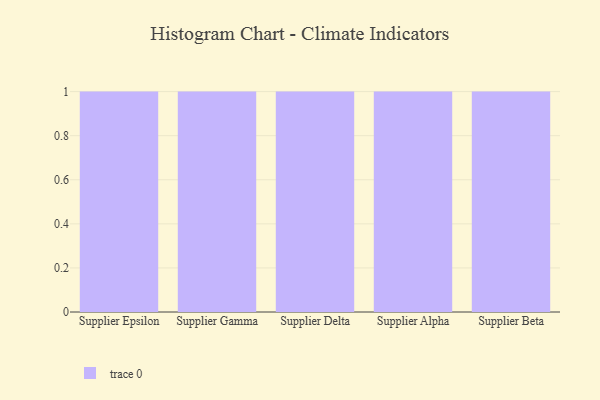
{"axis": {"x": "Supplier", "y": "Revenue (USD Million)"}, "legend": [""], "data": [{"x": "Supplier Epsilon", "y": 77, "type": ""}, {"x": "Supplier Gamma", "y": 86, "type": ""}, {"x": "Supplier Delta", "y": 26, "type": ""}, {"x": "Supplier Alpha", "y": 72, "type": ""}, {"x": "Supplier Beta", "y": 29, "type": ""}]}